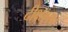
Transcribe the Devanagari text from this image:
दीक्षापार